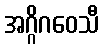
အဂ္ဂိဂဝေသီ